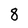
Character: 8